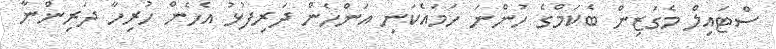
ސްޓައިލް މެގަޒިން ބެކަމްގެ ހުންނަ ހަމައެކަނި އަންހެން ދަރިފުޅު އެހެން ހުރިހާ ދަރިންނާ